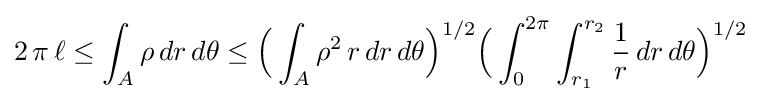
2\,\pi \,\ell \leq \int _{A}\rho \,dr\,d\theta \leq {\Bigl (}\int _{A}\rho ^{2}\,r\,dr\,d\theta {\Bigr )}^{1/2}{\Bigl (}\int _{0}^{2\pi }\int _{r_{1}}^{r_{2}}{\frac {1}{r}}\,dr\,d\theta {\Bigr )}^{1/2}